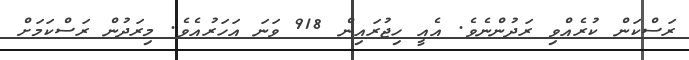
ރަސްކަން ކުރެއްވި ރަދުންނެވެ. އެއީ ހިޖުރައިން 918 ވަނަ އަހަރުއެވެ. މިރަދުން ރަސްކަމަށް